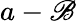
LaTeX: a-\mathscr{B}